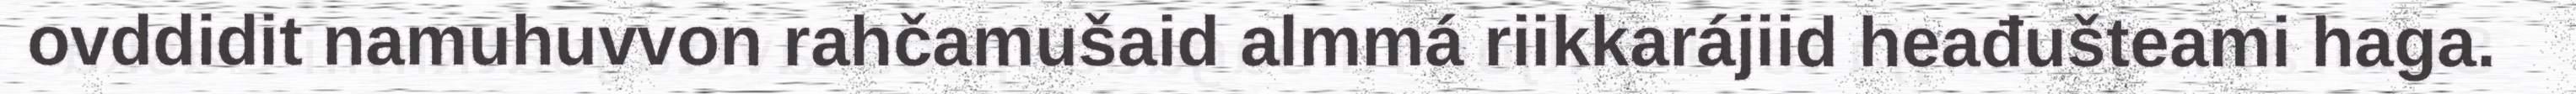
ovddidit namuhuvvon rahčamušaid almmá riikkarájiid heađušteami haga.